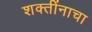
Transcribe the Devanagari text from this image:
शक्तींनाचा